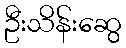
ဦးသိန်းဆွေ